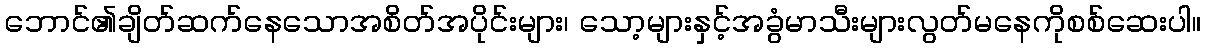
ဘောင်၏ချိတ်ဆက်နေသောအစိတ်အပိုင်းများ၊ သော့များနှင့်အခွံမာသီးများလွတ်မနေကိုစစ်ဆေးပါ။